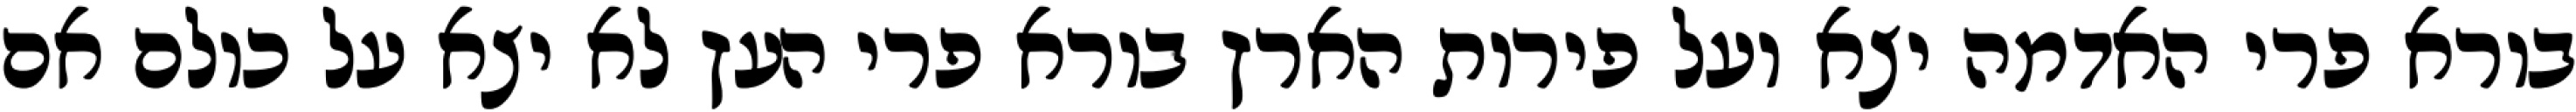
בורא פרי האדמה יצא ועל פירות הארץ בורא פרי העץ לא יצא על כולם אם